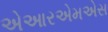
એઆરએમએસ